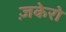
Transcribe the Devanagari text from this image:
ज़केरो